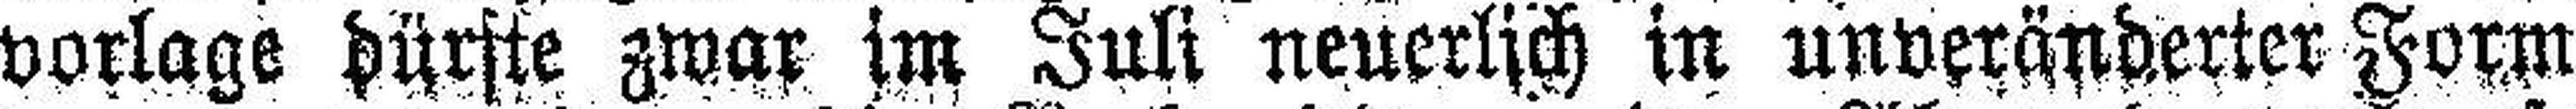
vorlage dürste zwar im Juli neuerlich in unveränderter Form